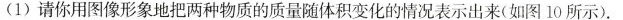
(1)请你用图像形象地把两种物质的质量随体积变化的情况表示出来(如图10所示).